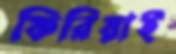
ফিরিয়াই